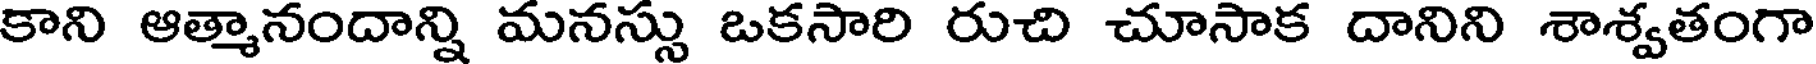
కాని ఆత్మానందాన్ని మనస్సు ఒకసారి రుచి చూసాక దానిని శాశ్వతంగా